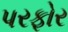
પરફોર